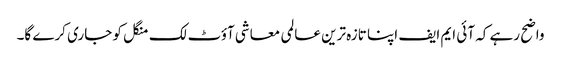
واضح رہے کہ آئی ایم ایف اپنا تازہ ترین عالمی معاشی آؤٹ لک منگل کو جاری کرے گا۔